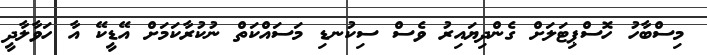
މިސްބާހު ހޮސްޕިޓަލަށް ގެންދިޔައިރު ވެސް ސިކުނޑި މަސައްކަތް ނުކުރާކަމަށް އޭޑީކޭ އާ ހަވާލާދީ